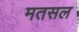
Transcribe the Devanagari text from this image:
मतसल